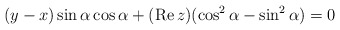
\begin{align*}(y-x) \sin \alpha \cos \alpha + (\mbox{Re} \, z) (\cos^2 \alpha - \sin^2 \alpha ) = 0\end{align*}